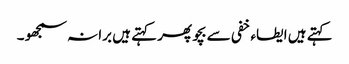
کہتے ہیں ایطاء خفی سے بچو پھر کہتے ہیں برا نہ سمجھو ۔